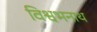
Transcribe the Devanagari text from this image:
विश्वभनाथ